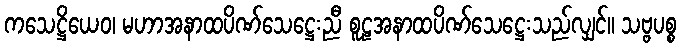
ကသေဋ္ဌိယေဝ၊ မဟာအနာထပိဏ်သေဋ္ဌေးညီ စူဠအနာထပိဏ်သေဋ္ဌေးသည်လျှင်။ သဗ္ဗပစ္စ